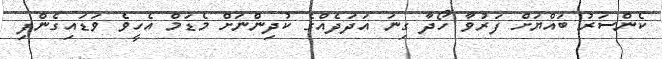
ކެންސަރު ބައްޔަށް ފަރުވާ ހޯދާ ގިނަ އަދަދެއްގެ ކުދިންނަށް މެޑަމް އެހީވެ ވަޑައިގެންފި